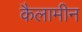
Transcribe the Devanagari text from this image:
कैलामीन